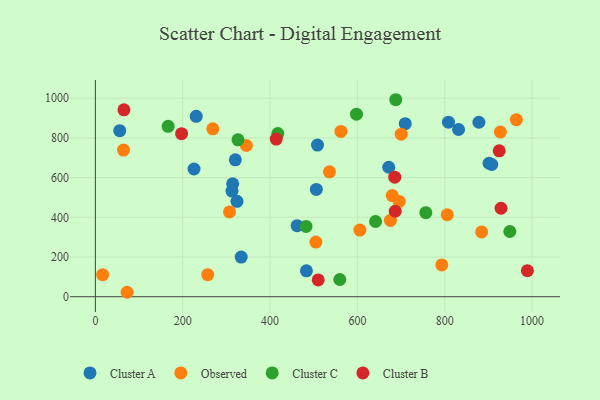
{"axis": {"x": "Investment", "y": "Profit"}, "legend": ["Cluster A", "Cluster B", "Cluster C", "Observed"], "data": [{"x": "314.4", "y": 569.1, "type": "Cluster A"}, {"x": "831.7", "y": 842.4, "type": "Cluster A"}, {"x": "333.9", "y": 199.5, "type": "Cluster A"}, {"x": "483.3", "y": 130.3, "type": "Cluster A"}, {"x": "907.8", "y": 666.0, "type": "Cluster A"}, {"x": "508.7", "y": 764.1, "type": "Cluster A"}, {"x": "230.9", "y": 908.7, "type": "Cluster A"}, {"x": "312.8", "y": 532.0, "type": "Cluster A"}, {"x": "709.6", "y": 871.9, "type": "Cluster A"}, {"x": "55.8", "y": 836.4, "type": "Cluster A"}, {"x": "808.6", "y": 879.2, "type": "Cluster A"}, {"x": "506.0", "y": 540.7, "type": "Cluster A"}, {"x": "878.3", "y": 879.0, "type": "Cluster A"}, {"x": "225.9", "y": 643.4, "type": "Cluster A"}, {"x": "901.5", "y": 672.3, "type": "Cluster A"}, {"x": "320.5", "y": 689.6, "type": "Cluster A"}, {"x": "324.3", "y": 480.7, "type": "Cluster A"}, {"x": "671.8", "y": 652.2, "type": "Cluster A"}, {"x": "462.0", "y": 357.9, "type": "Cluster A"}, {"x": "64.4", "y": 738.6, "type": "Observed"}, {"x": "805.8", "y": 413.0, "type": "Observed"}, {"x": "793.2", "y": 160.4, "type": "Observed"}, {"x": "562.3", "y": 832.6, "type": "Observed"}, {"x": "605.7", "y": 335.8, "type": "Observed"}, {"x": "345.8", "y": 761.7, "type": "Observed"}, {"x": "695.8", "y": 479.9, "type": "Observed"}, {"x": "700.4", "y": 818.9, "type": "Observed"}, {"x": "679.8", "y": 509.3, "type": "Observed"}, {"x": "72.6", "y": 22.4, "type": "Observed"}, {"x": "16.6", "y": 111.2, "type": "Observed"}, {"x": "536.0", "y": 629.2, "type": "Observed"}, {"x": "268.9", "y": 845.9, "type": "Observed"}, {"x": "884.5", "y": 326.2, "type": "Observed"}, {"x": "964.0", "y": 892.1, "type": "Observed"}, {"x": "307.1", "y": 427.1, "type": "Observed"}, {"x": "504.9", "y": 275.2, "type": "Observed"}, {"x": "927.4", "y": 829.8, "type": "Observed"}, {"x": "675.6", "y": 384.4, "type": "Observed"}, {"x": "257.2", "y": 111.2, "type": "Observed"}, {"x": "641.6", "y": 378.9, "type": "Cluster C"}, {"x": "482.4", "y": 354.2, "type": "Cluster C"}, {"x": "417.8", "y": 821.9, "type": "Cluster C"}, {"x": "166.6", "y": 858.3, "type": "Cluster C"}, {"x": "949.1", "y": 328.5, "type": "Cluster C"}, {"x": "597.9", "y": 919.6, "type": "Cluster C"}, {"x": "756.7", "y": 423.2, "type": "Cluster C"}, {"x": "687.9", "y": 992.4, "type": "Cluster C"}, {"x": "326.6", "y": 790.6, "type": "Cluster C"}, {"x": "559.7", "y": 86.8, "type": "Cluster C"}, {"x": "414.2", "y": 794.3, "type": "Cluster B"}, {"x": "686.6", "y": 430.7, "type": "Cluster B"}, {"x": "65.4", "y": 941.4, "type": "Cluster B"}, {"x": "924.8", "y": 735.2, "type": "Cluster B"}, {"x": "685.6", "y": 602.1, "type": "Cluster B"}, {"x": "989.3", "y": 131.1, "type": "Cluster B"}, {"x": "197.4", "y": 821.3, "type": "Cluster B"}, {"x": "929.0", "y": 445.6, "type": "Cluster B"}, {"x": "510.3", "y": 84.7, "type": "Cluster B"}]}